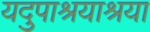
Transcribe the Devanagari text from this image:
यदुपाश्रयाश्रया